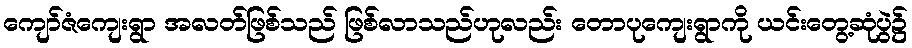
ကျော်ဇံကျေးရွာ အလတ်ဖြစ်သည် ဖြစ်လာသည်ဟုလည်း တောပုကျေးရွာကို ယင်းတွေ့ဆုံပွဲ၌